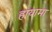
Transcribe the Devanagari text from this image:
हायामा